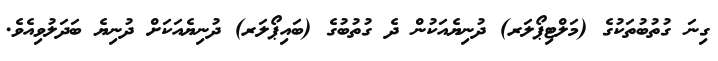
ގިނަ ގުތުބުތަކުގެ (މަލްޓިޕޯލަރ) ދުނިޔެއަކުން ދެ ގުތުބުގެ (ބައިޕޯލަރ) ދުނިޔެއަކަށް ދުނިޔެ ބަދަލުވިއެވެ.